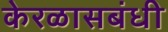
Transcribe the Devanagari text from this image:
केरळासबंधी